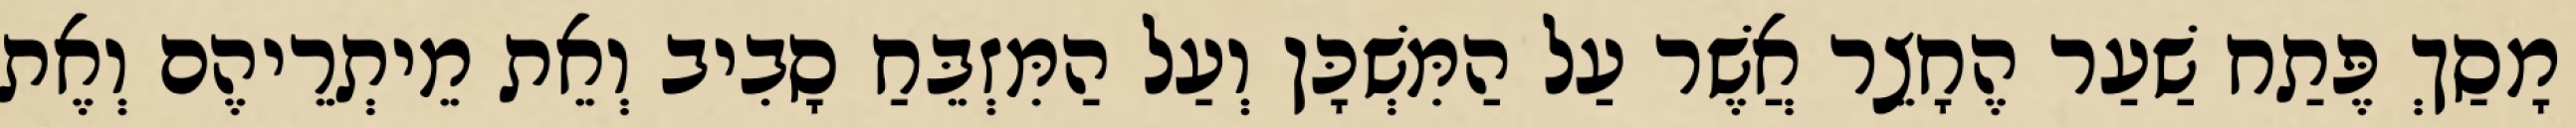
מָסַךְ פֶּתַח שַׁעַר הֶחָצֵר אֲשֶׁר עַל הַמִּשְׁכָּן וְעַל הַמִּזְבֵּחַ סָבִיב וְאֵת מֵיתְרֵיהֶם וְאֶת